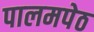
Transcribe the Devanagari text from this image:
पालमपेठ